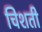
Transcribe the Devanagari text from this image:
चिशती